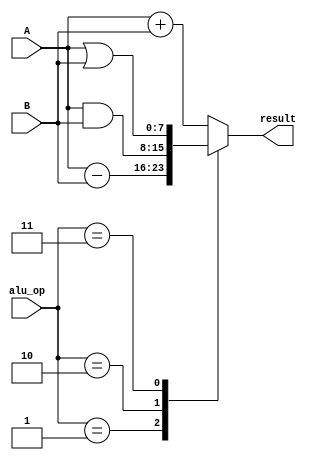
module alu (
    input [4:0] alu_op,
	input [7:0] A,
    input [7:0] B,
    output reg [7:0] result
);
    parameter  ADD = 5'b00000,
               SUB = 5'b00001,
               AND = 5'b00010,
               OR = 5'b00011;
    // excute
    always @ (*) begin
        case (alu_op)
            ADD: result = A + B;
            SUB: result = A - B;
            AND: result = A & B;
            OR: result = A | B; 
            default : result = A + B;
        endcase
    end
endmodule